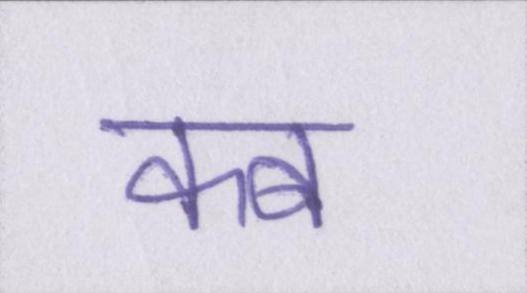
कब